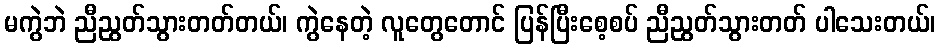
မကွဲဘဲ ညီညွတ်သွားတတ်တယ်၊ ကွဲနေတဲ့ လူတွေတောင် ပြန်ပြီးစေ့စပ် ညီညွတ်သွားတတ် ပါသေးတယ်၊